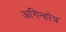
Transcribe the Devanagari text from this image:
अगिन्होत्र